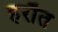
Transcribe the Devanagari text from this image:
हरौत